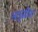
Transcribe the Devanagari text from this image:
अशुद्धीचा